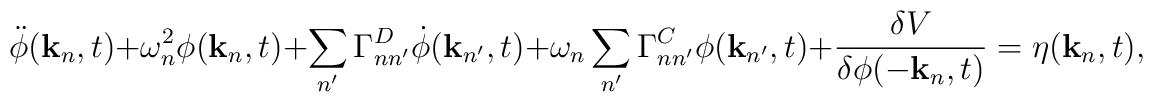
\ddot{\phi}({\bf k}_n,t) +\omega_n^2 \phi({\bf k}_n,t)+\sum_{n'} \Gamma^D_{nn'} {\dot \phi}({\bf k}_{n'},t)+\omega_n \sum_{n'} \Gamma^C_{nn'} \phi({\bf k}_{n'},t)+\frac{\delta V}{\delta \phi (-{\bf k}_n,t)} = \eta({\bf k}_n,t),